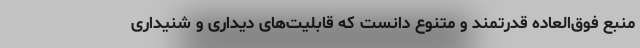
منبع فوق‌العاده قدرتمند و متنوع دانست که قابلیت‌های دیداری و شنیداری